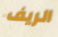
الريف